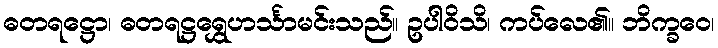
ဓတရဋ္ဌော၊ ဓတရဋ္ဌရွှေဟင်္သာမင်းသည်။ ဥပါဝိသိ၊ ကပ်လေ၏။ ဘိက္ခဝေ၊